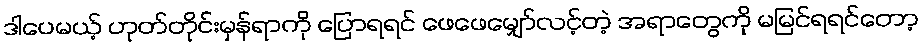
ဒါပေမယ့် ဟုတ်တိုင်းမှန်ရာကို ပြောရရင် ဖေဖေမျှော်လင့်တဲ့ အရာတွေကို မမြင်ရရင်တော့